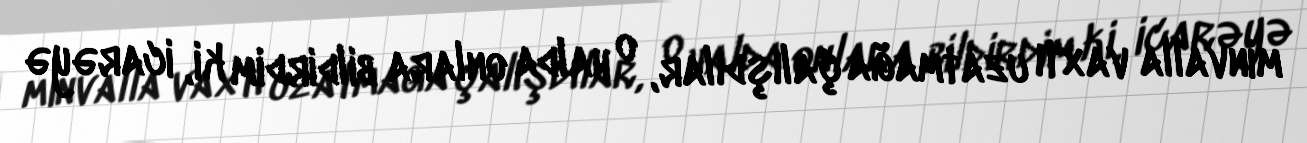
minvalla vaxtı uzatmağa çalışdılar, o halda onlara bildirdim ki, icarəyə